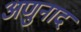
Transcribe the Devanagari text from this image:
अणुनाद